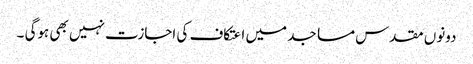
دونوں مقدس مساجد میں اعتکاف کی اجازت نہیں بھی ہوگی ۔